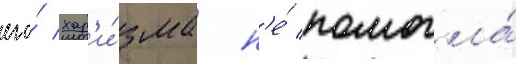
его́ хар'и́зма н'е́ помогла́